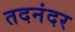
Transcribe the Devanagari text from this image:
तदनंदर